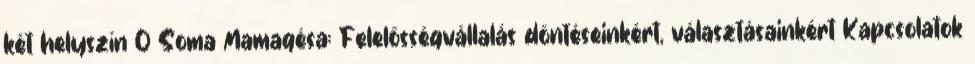
két helyszín 0 Soma Mamagésa: Felelősségvállalás döntéseinkért, választásainkért Kapcsolatok